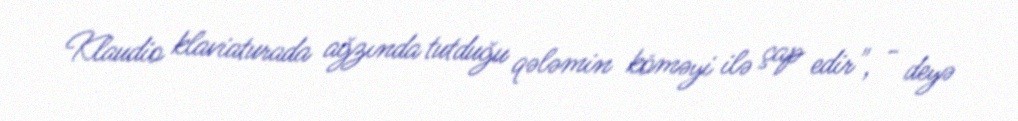
Klaudio klaviaturada ağzında tutduğu qələmin köməyi ilə çap edir", - deyə